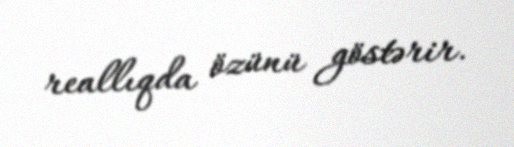
reallıqda özünü göstərir.